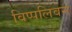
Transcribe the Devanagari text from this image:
विप्पलिवन